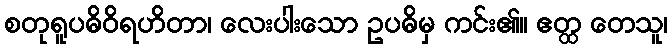
စတုရူပဓိဝိရဟိတာ၊ လေးပါးသော ဥပဓိမှ ကင်း၏။ ဧတ္ထ တေသူ၊